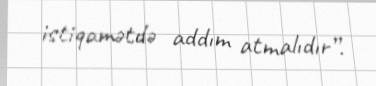
istiqamətdə addım atmalıdır”.